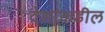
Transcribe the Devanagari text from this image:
देशांकडील